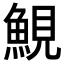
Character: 𩷪